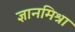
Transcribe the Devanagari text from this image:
ज्ञानमिश्रा